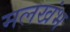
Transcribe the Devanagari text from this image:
मलखंभ